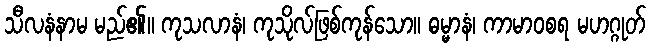
သီလနံနာမ မည်၏။ ကုသလာနံ၊ ကုသိုလ်ဖြစ်ကုန်သော။ ဓမ္မာနံ၊ ကာမာဝစရ မဟဂ္ဂုတ်